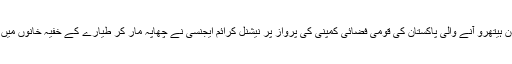
یاد رہے کہ دو دن قبل لاہور سے لندن ہیتھرو آنے والی پاکستان کی قومی فضائی کمپنی کی پرواز پر نیشنل کرائم ایجنسی نے چھاپہ مار کر طیارے کے خفیہ خانوں میں چھپائی گئی منشیات برآمد کی تھیں۔